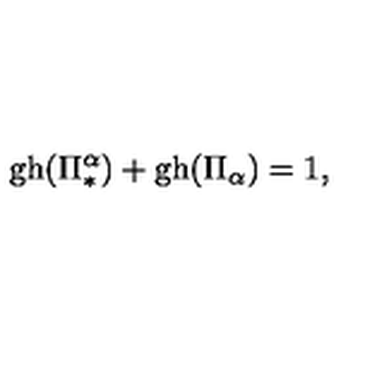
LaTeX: \mathrm { g h } ( \Pi _ { * } ^ { \alpha } ) + \mathrm { g h } ( \Pi _ { \alpha } ) = 1 ,